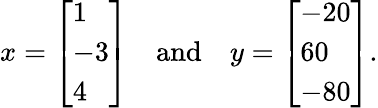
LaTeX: x={\left[\begin{array}{l}{1}\\ {-3}\\ {4}\end{array}\right]}\quad{\mathrm{and}}\quad y={\left[\begin{array}{l}{-20}\\ {60}\\ {-80}\end{array}\right]}.